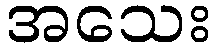
အသေး